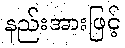
နည်းအားဖြင့်